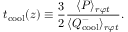
t _ { \mathrm { c o o l } } ( z ) \equiv \frac { 3 } { 2 } \frac { \langle P \rangle _ { r \varphi t } } { \langle Q _ { \mathrm { c o o l } } ^ { - } \rangle _ { r \varphi t } } .